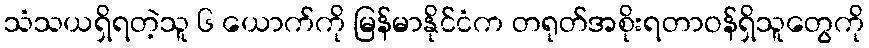
သံသယရှိရတဲ့သူ ၆ ယောက်ကို မြန်မာနိုင်ငံက တရုတ်အစိုးရတာဝန်ရှိသူတွေကို